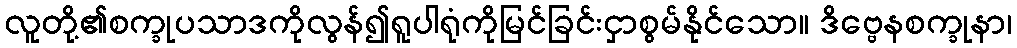
လူတို့၏စက္ခုပသာဒကိုလွန်၍ရူပါရုံကိုမြင်ခြင်းငှာစွမ်နိုင်သော။ ဒိဗ္ဗေနစက္ခုနာ၊